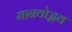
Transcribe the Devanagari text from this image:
मानवोद्भव